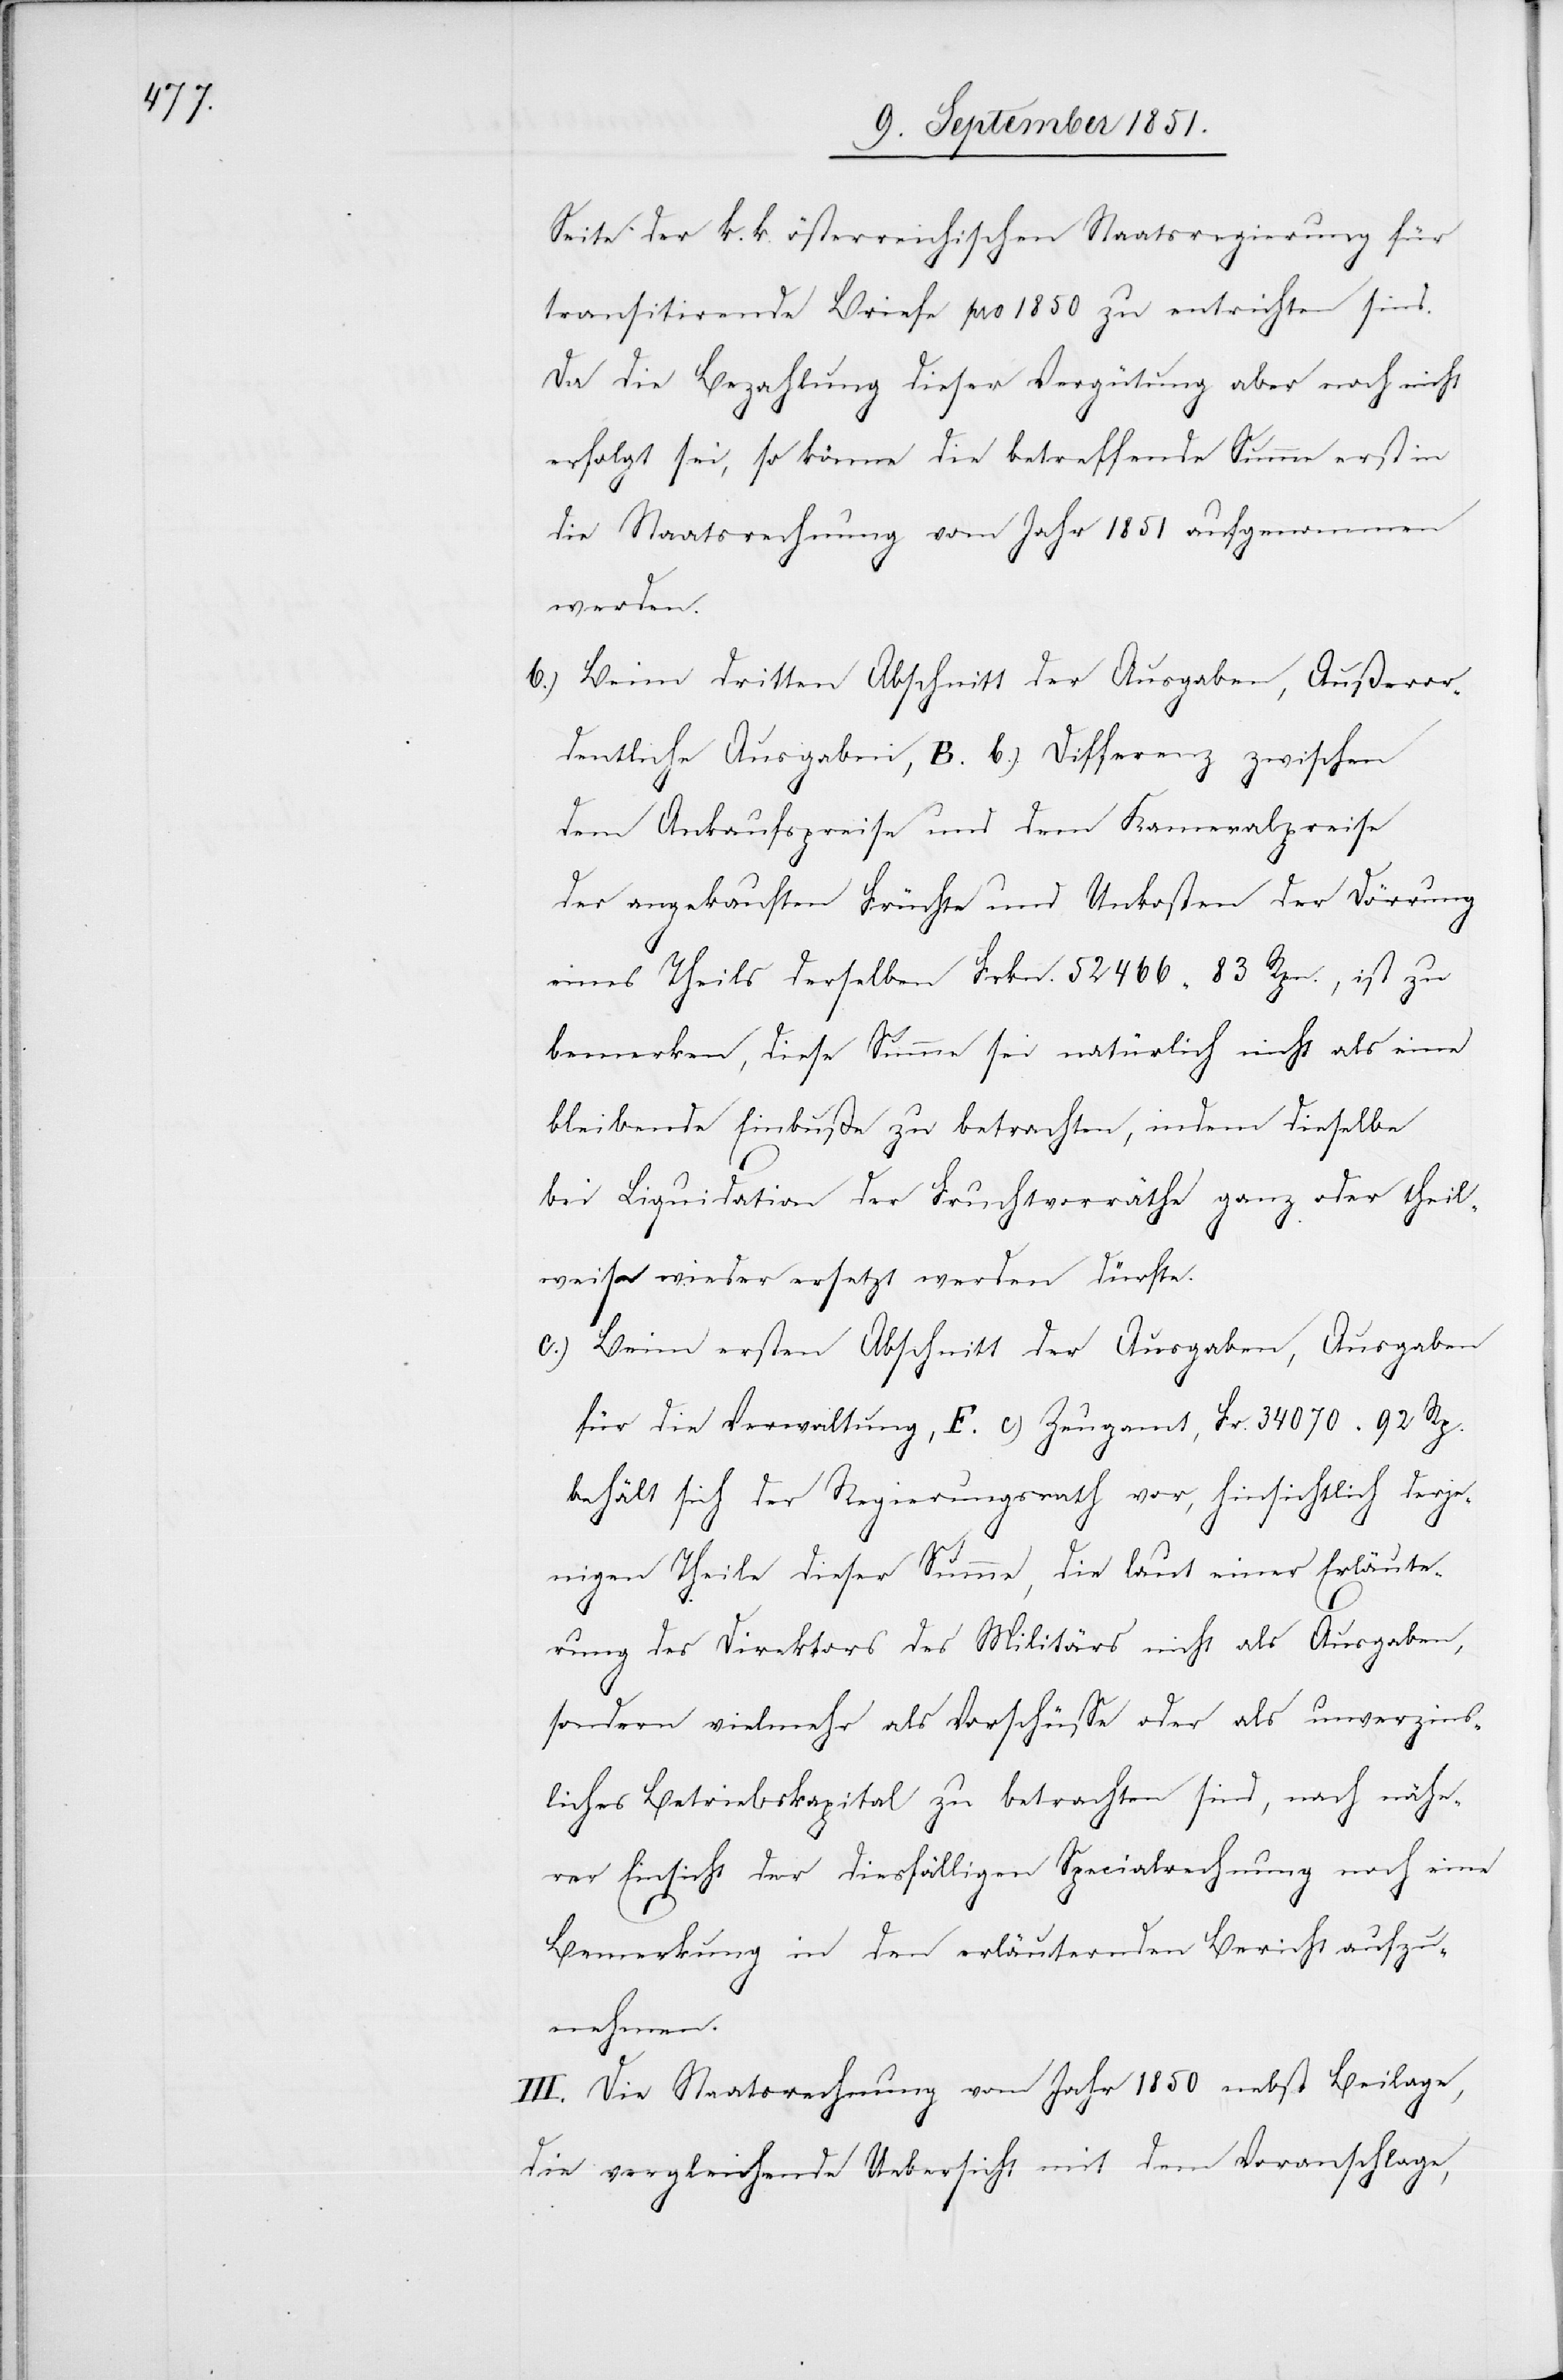
Seite der k. k. österreichischen Staatsregierung für
transitirende Briefe pro 1850 zu entrichten sind.
Da die Bezahlung dieser Vergütung aber noch nicht
erfolgt sei, so könne die betreffende Summe erst in
die Staatsrechnung vom Jahr 1851 aufgenommen
werden.
Beim dritten Abschnitt der Ausgaben, Außeror¬
dentliche Ausgaben, B. b.) Differenz zwischen
dem Ankaufspreise und dem Kameralpreise
der angekauften Früchte und Unkosten der Dörrung
eines Theils derselben Frkn. 52 466 83 Rpn., ist zu
bemerken, diese Summe sei natürlich nicht als eine
bleibende Einbuße zu betrachten, indem dieselbe
bei Liquidation der Fruchtvorräthe ganz oder theil¬
weise wieder ersetzt werden dürfte.
Beim ersten Abschnitt der Ausgaben, Ausgaben
für die Verwaltung, F. c) Zeugamt, Fr. 34 070 92 Rp.
behält sich der Regierungsrath vor, hinsichtlich derje¬
nigen Theile dieser Summe, die laut einer Erläute¬
rung des Direktors des Militärs nicht als Ausgaben,
sondern vielmehr als Vorschüsse oder als unverzins¬
liches Betriebskapital zu betrachten sind, nach nähe¬
rer Einsicht der diesfälligen Specialrechnung noch eine
Bemerkung in den erläuternden Bericht aufzu¬
nehmen.
III. Die Staatsrechnung vom Jahr 1850 nebst Beilage,
die vergleichende Uebersicht mit dem Voranschlage,